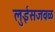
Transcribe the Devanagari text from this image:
लुईसजवळ